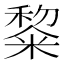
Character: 𮇵